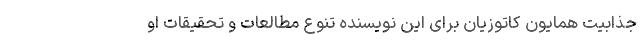
جذابیت همایون کاتوزیان برای این نویسنده تنوع مطالعات و تحقیقات او